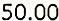
50.00